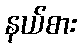
နယ်စား